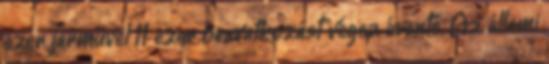
ezer járművel 11 ezer beavatkozást végez évente. Az állami